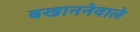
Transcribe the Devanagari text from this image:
बखाननेवाले